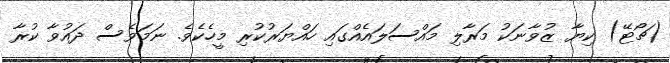
(ޗޯޓޭ) ކިޔާ ޒުވާނަކު މަރާލި މައްސަލައެއްގައި ހައްޔަރުކުރި މީހެކެވެ. ނަމަވެސް ދައުވާ ކުރާ